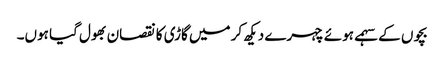
بچوں کے سہمے ہوئے چہرے دیکھ کر میں گاڑی کا نقصان بھول گیا ہوں۔